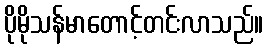
ပိုမိုသန်မာတောင့်တင်းလာသည်။